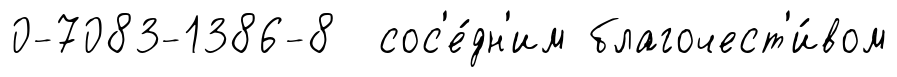
0-7083-1386-8 сос'е́дн'им благочест'и́вом